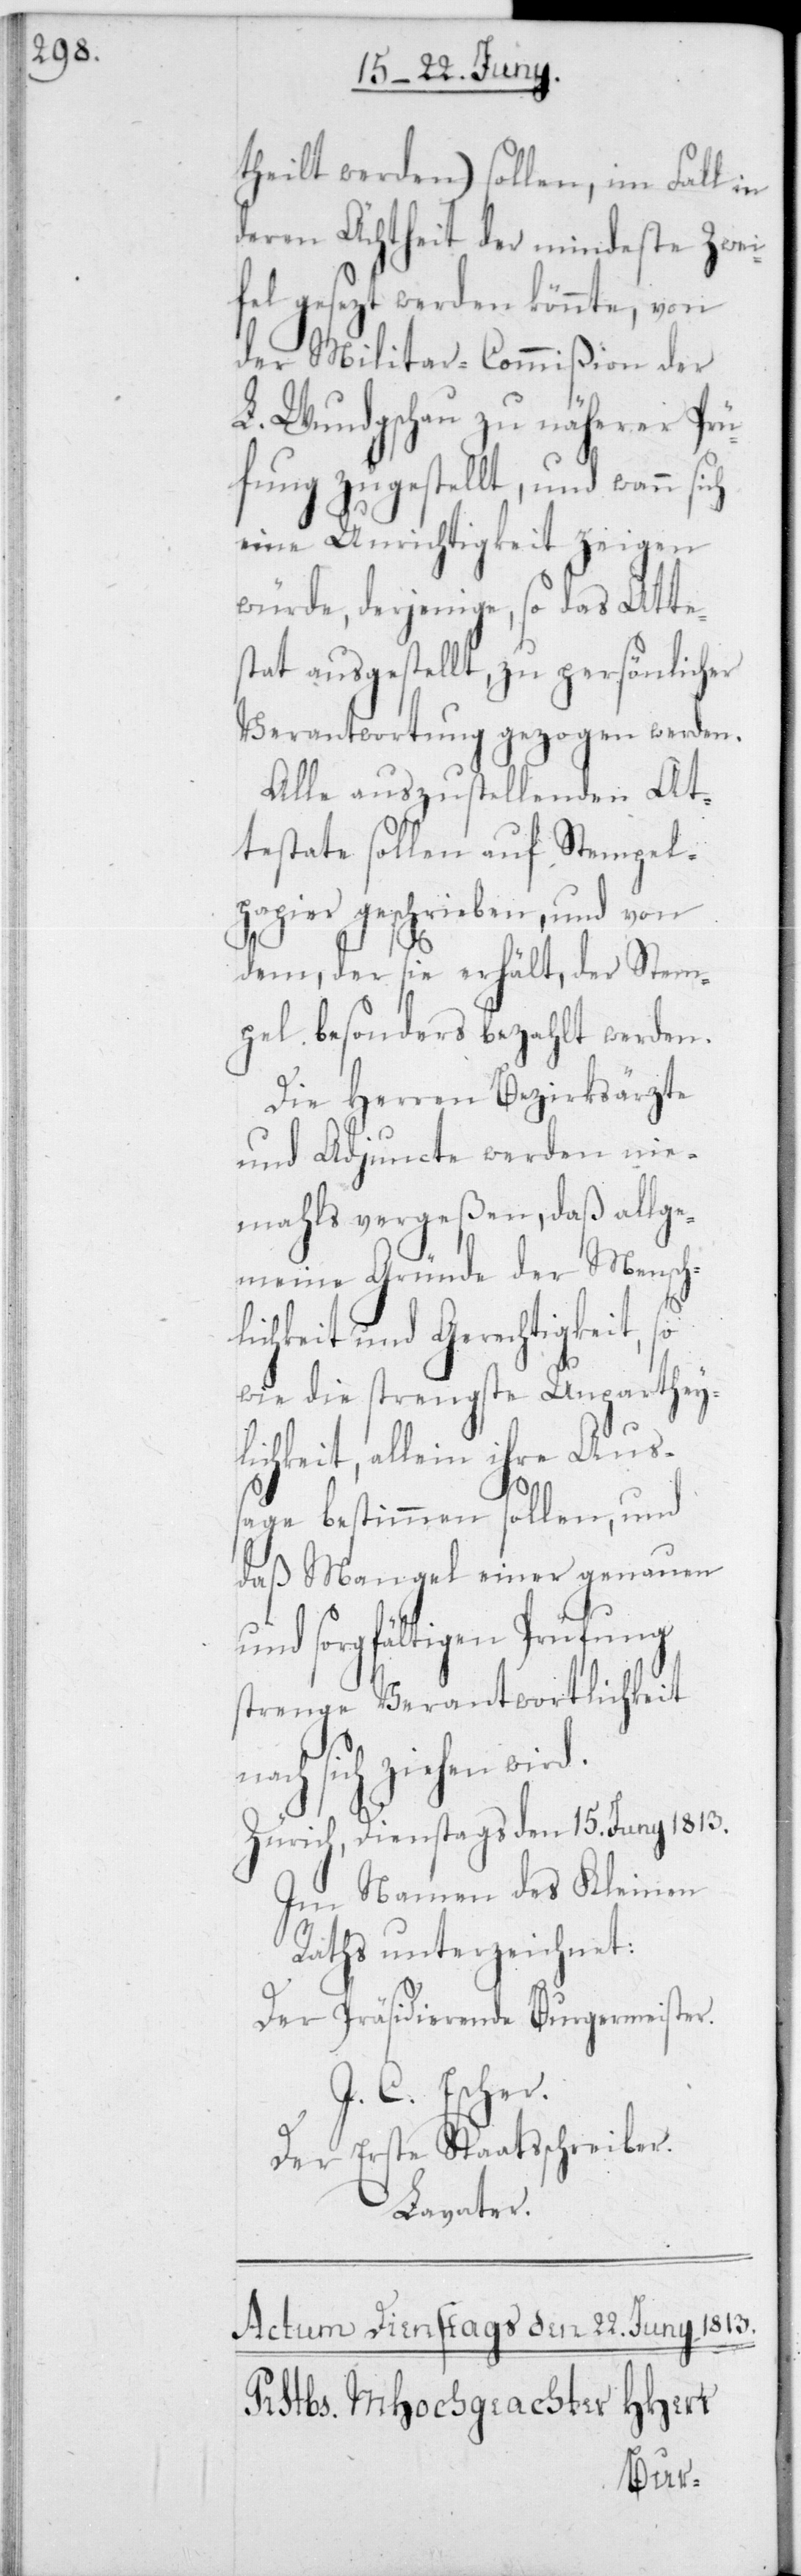
theilt werden) sollen, im Fall in
deren Ächtheit der mindeste Zwey¬
fel gesezt werden könnte, von
der Militar-Commißion der
L. Wundgschau zu näherer Prü¬
fung zugestellt, und wann
eine Unrichtigkeit zeigen
würde, derjenige, so das Atte¬
stat ausgestellt, zu persönlicher
Verantwortung gezogen werden.
Alle auszustellenden At¬
testate sollen auf Stempel¬
papier geschrieben, und von
dem, der sie erhält, der Stem¬
pel besonders bezahlt werden.
Die Herren Bezirksärzte
und Adjuncte werden nie¬
mahls vergeßen, daß allge¬
meine Gründe der Mensch¬
lichkeit und Gerechtigkeit, s¬
owie die strengste Unpartheyl¬
ichkeit, allein ihre Aus¬
sage bestimmen sollen, und
daß Mangel einer genauen
und sorgfältigen Prüfung
strenge Verantwortlichkeit
sich ziehen
Zürich, Dienstags den 15ten Juny 1813.
Im Namen des Kleinen
Raths unterzeichnet:
Der Präsidierende Burgermeister.
J.C. Escher.
Der erste Staatsschreiber.
Lavater.